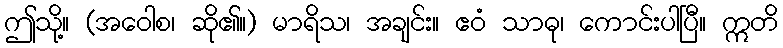
ဤသို့။ (အဝေါစ၊ ဆို၏။) မာရိသ၊ အချင်း။ ဧဝံ သာဓု၊ ကောင်းပါပြီ။ ဣတိ